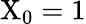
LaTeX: \mathrm{X}_{0}=1